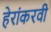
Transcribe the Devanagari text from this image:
हेरांकरवी